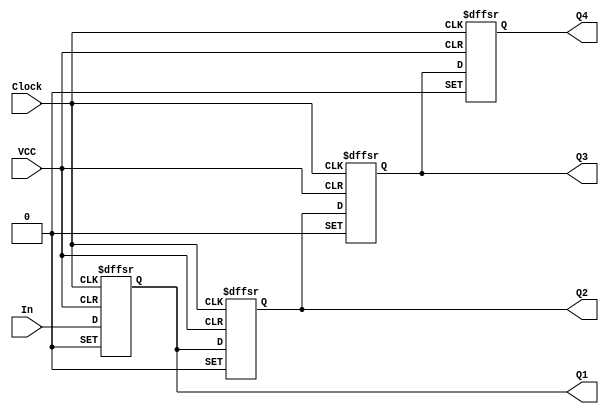
// Copyright (C) 2020  Intel Corporation. All rights reserved.
// Your use of Intel Corporation's design tools, logic functions 
// and other software and tools, and any partner logic 
// functions, and any output files from any of the foregoing 
// (including device programming or simulation files), and any 
// associated documentation or information are expressly subject 
// to the terms and conditions of the Intel Program License 
// Subscription Agreement, the Intel Quartus Prime License Agreement,
// the Intel FPGA IP License Agreement, or other applicable license
// agreement, including, without limitation, that your use is for
// the sole purpose of programming logic devices manufactured by
// Intel and sold by Intel or its authorized distributors.  Please
// refer to the applicable agreement for further details, at
// https://fpgasoftware.intel.com/eula.

// PROGRAM		"Quartus Prime"
// VERSION		"Version 20.1.0 Build 711 06/05/2020 SJ Standard Edition"
// CREATED		"Wed Nov 11 20:43:54 2020"

module lab10step1(
	Clock,
	VCC,
	In,
	Q1,
	Q2,
	Q3,
	Q4
);


input wire	Clock;
input wire	VCC;
input wire	In;
output wire	Q1;
output wire	Q2;
output wire	Q3;
output reg	Q4;

reg	DFF_inst;
reg	DFF_inst1;
reg	DFF_inst2;

assign	Q1 = DFF_inst;
assign	Q2 = DFF_inst1;
assign	Q3 = DFF_inst2;




always@(posedge Clock or negedge VCC or negedge VCC)
begin
if (!VCC)
	begin
	DFF_inst <= 0;
	end
else
if (!VCC)
	begin
	DFF_inst <= 1;
	end
else
	begin
	DFF_inst <= In;
	end
end


always@(posedge Clock or negedge VCC or negedge VCC)
begin
if (!VCC)
	begin
	DFF_inst1 <= 0;
	end
else
if (!VCC)
	begin
	DFF_inst1 <= 1;
	end
else
	begin
	DFF_inst1 <= DFF_inst;
	end
end


always@(posedge Clock or negedge VCC or negedge VCC)
begin
if (!VCC)
	begin
	DFF_inst2 <= 0;
	end
else
if (!VCC)
	begin
	DFF_inst2 <= 1;
	end
else
	begin
	DFF_inst2 <= DFF_inst1;
	end
end


always@(posedge Clock or negedge VCC or negedge VCC)
begin
if (!VCC)
	begin
	Q4 <= 0;
	end
else
if (!VCC)
	begin
	Q4 <= 1;
	end
else
	begin
	Q4 <= DFF_inst2;
	end
end


endmodule